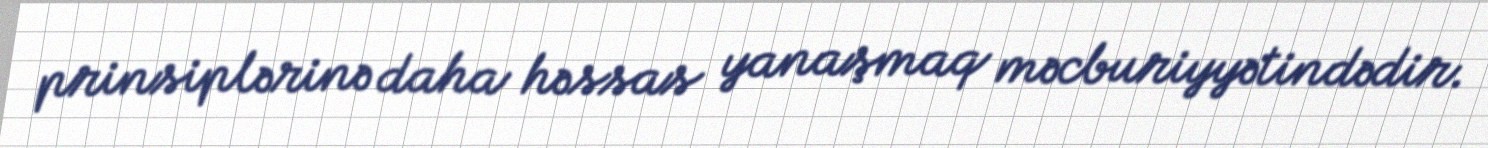
prinsiplərinə daha həssas yanaşmaq məcburiyyətindədir.